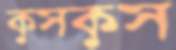
কুসকুস